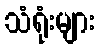
သံရုံးများ